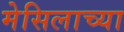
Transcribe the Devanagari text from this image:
मेसिलाच्या